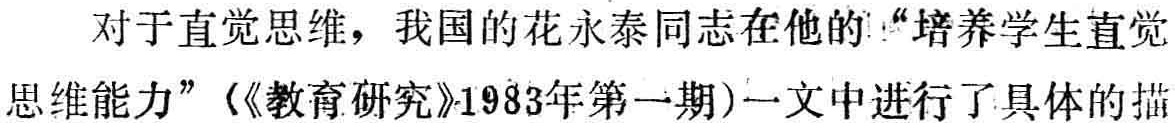
对于直觉思维，我国的花永泰同志在他的“培养学生直觉思维能力”（《教育研究》1983年第一期）一文中进行了具体的描